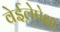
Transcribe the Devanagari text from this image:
वेईलेपेक्षा